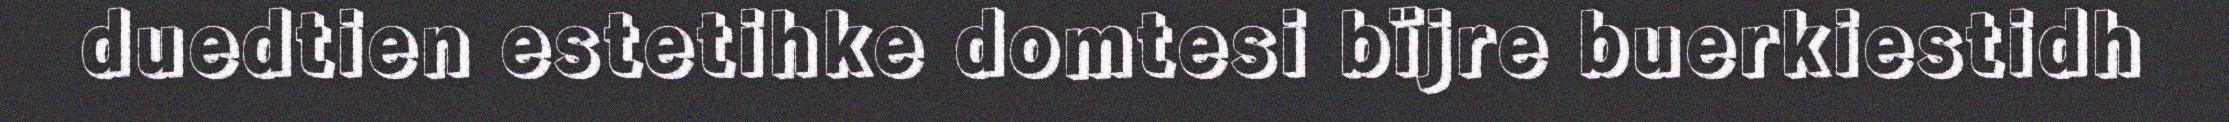
duedtien estetihke domtesi bïjre buerkiestidh